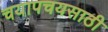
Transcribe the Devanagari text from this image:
चयापचयसाठी